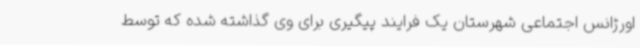
اورژانس اجتماعی شهرستان یک فرایند پیگیری برای وی گذاشته شده که توسط